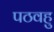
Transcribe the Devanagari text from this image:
पठवहु